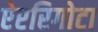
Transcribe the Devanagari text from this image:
ऐप्टरिगोटा